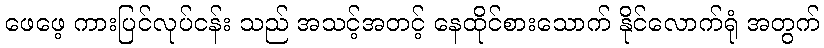
ဖေဖေ့ ကားပြင်လုပ်ငန်း သည် အသင့်အတင့် နေထိုင်စားသောက် နိုင်လောက်ရုံ အတွက်